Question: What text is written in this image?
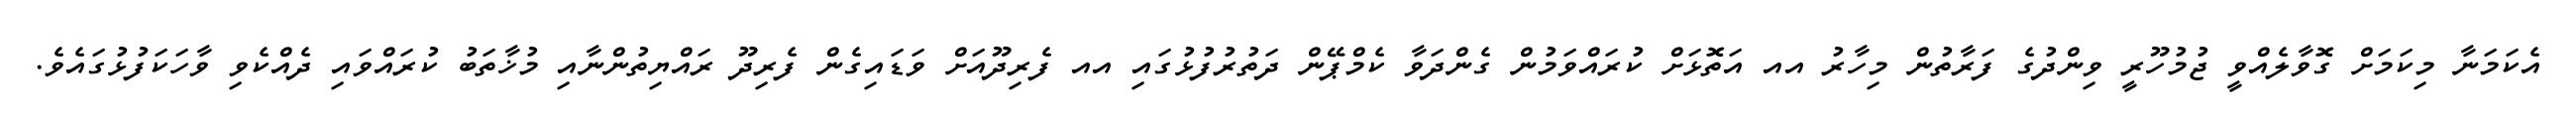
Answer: އެކަމަނާ މިކަމަށް ގޮވާލެއްވީ ޖުމުހޫރީ ވިންދުގެ ފަރާތުން މިހާރު އއ އަތޮޅަށް ކުރައްވަމުން ގެންދަވާ ކެމްޕޭން ދަތުރުފުޅުގައި އއ ފެރިދޫއަށް ވަޑައިގެން ފެރިދޫ ރައްޔިތުންނާއި މުޚާތަބު ކުރައްވައި ދެއްކެވި ވާހަކަފުޅުގައެވެ.